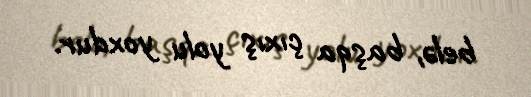
belə, başqa çıxış yolu yoxdur.